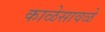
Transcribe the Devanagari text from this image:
काळेसावळे